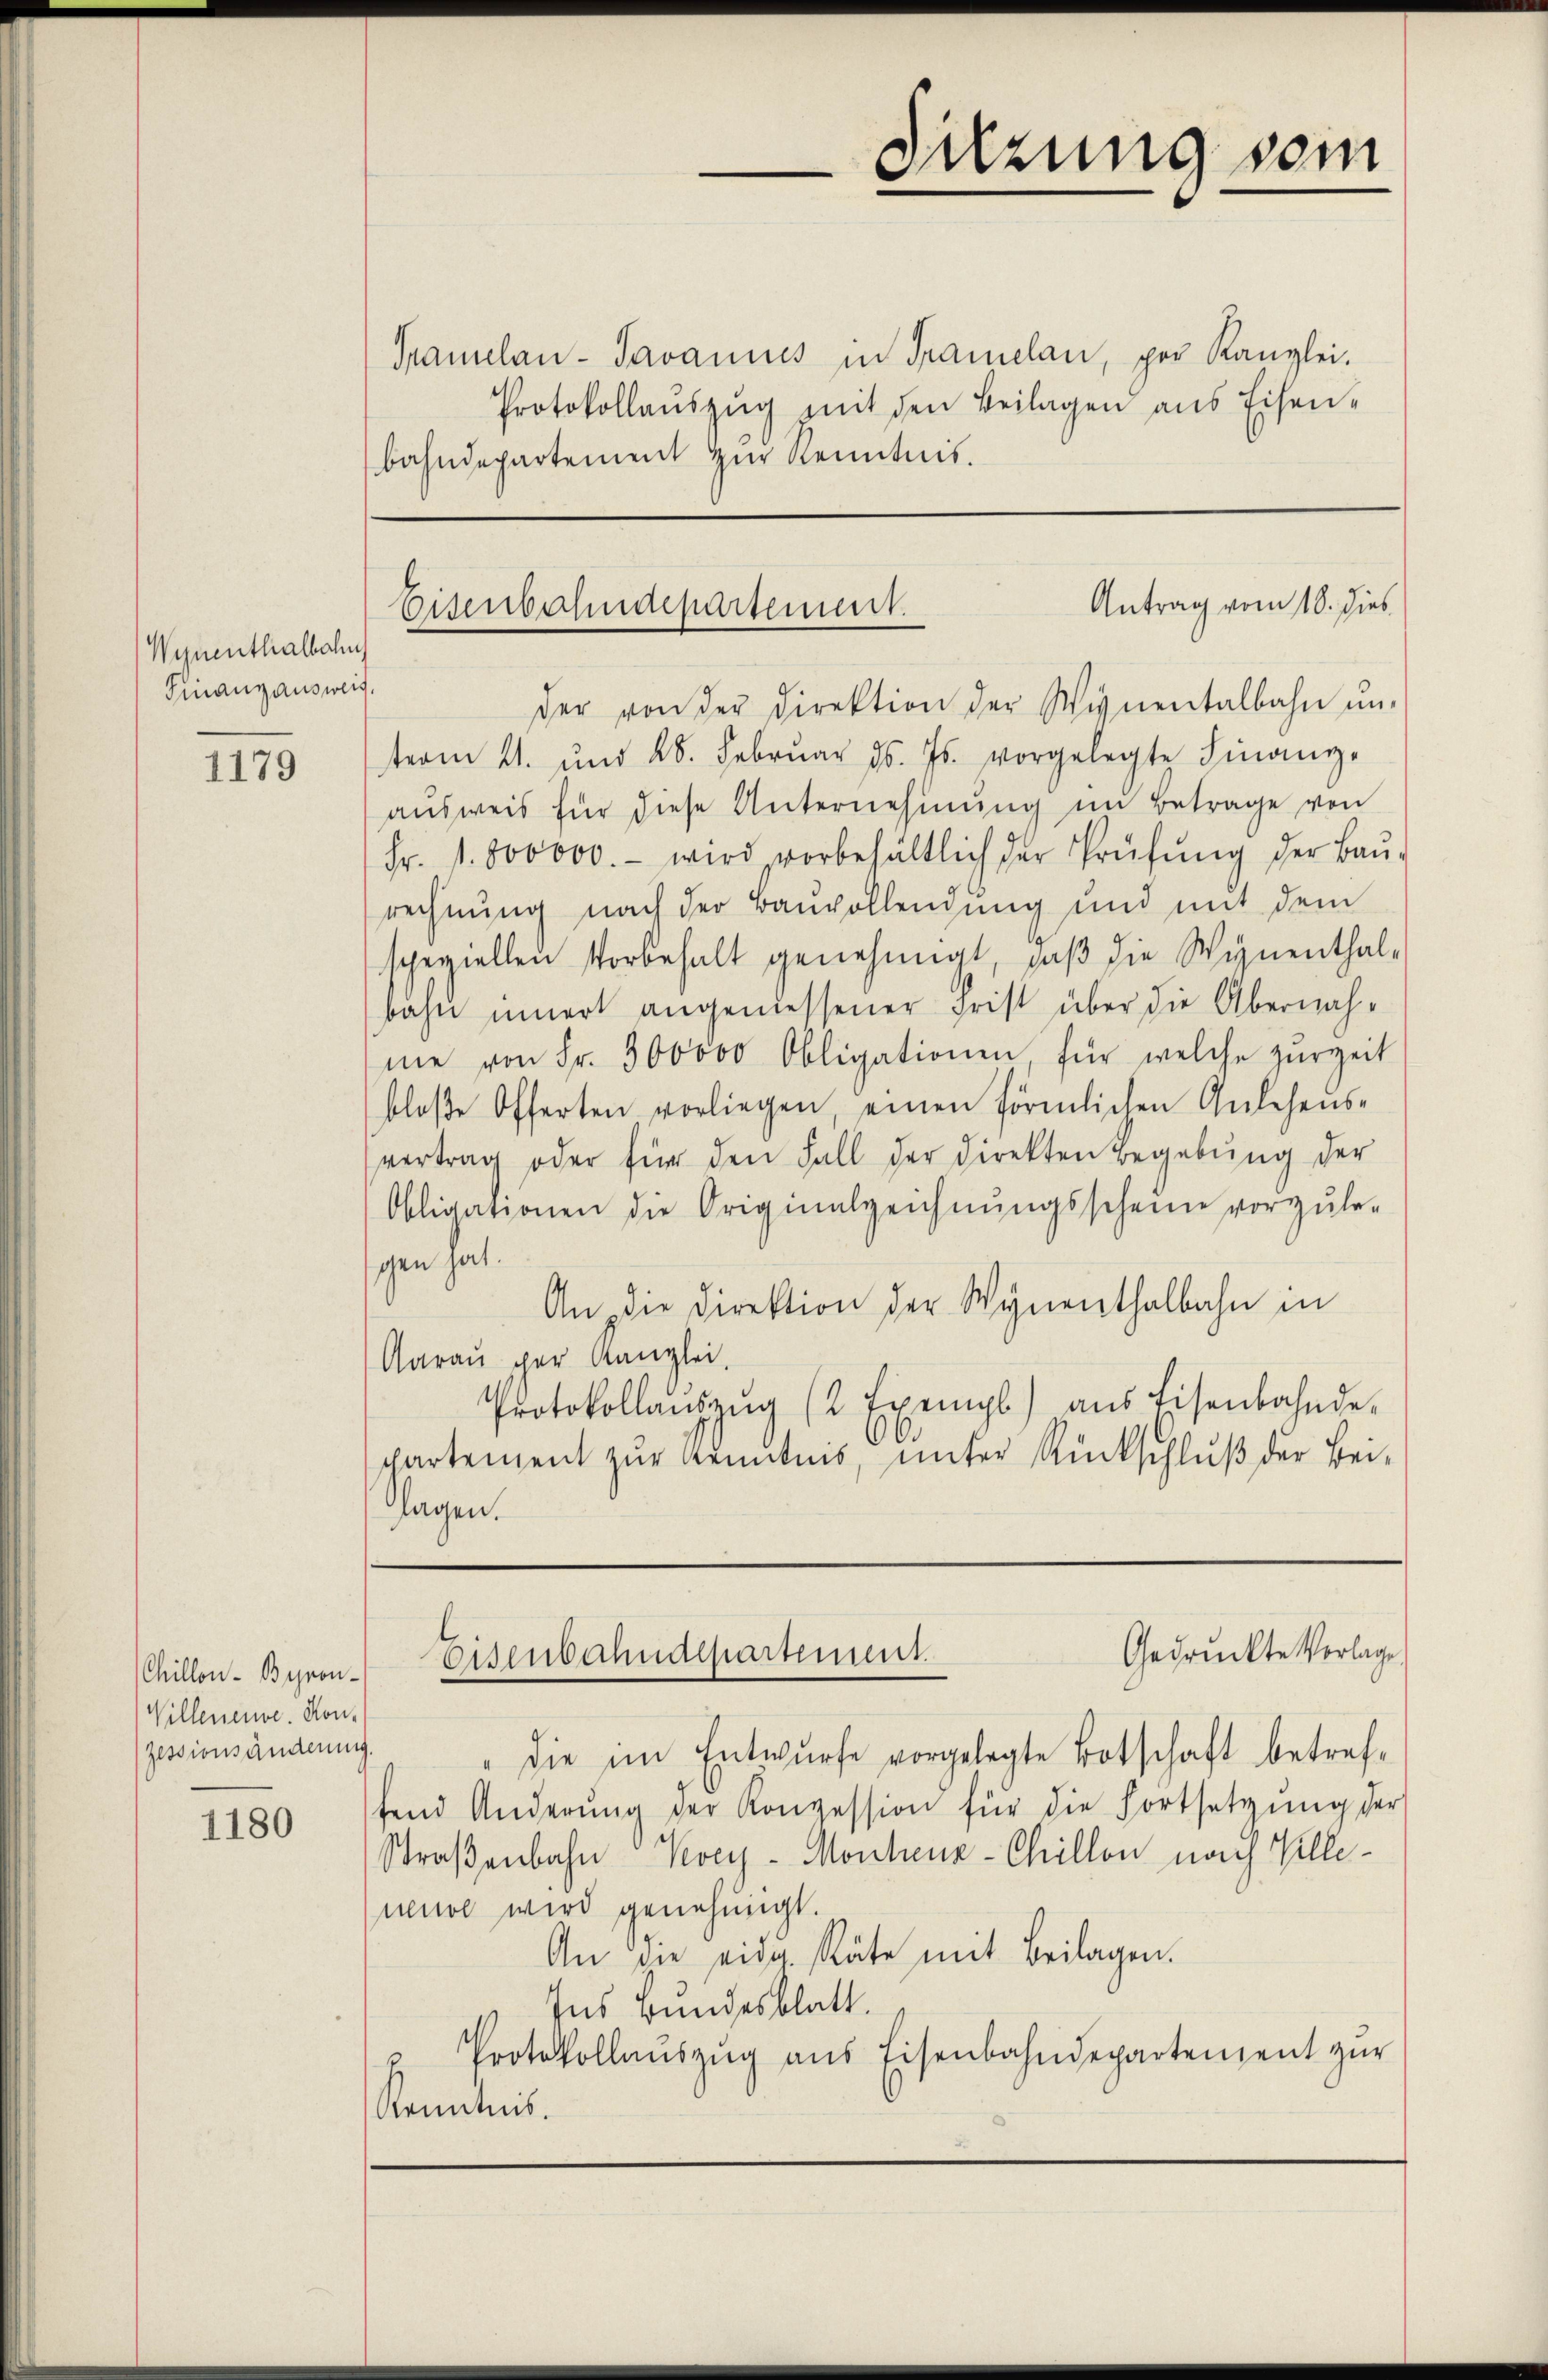
Wynenthalbahn
Finanzausweis,

1179

Chillon - Byron¬
Willeneuve. Kon-
Zessionsänderung.

1180

Tramelan- Javannes in Tramelan, per Kanzlei.
Protokollauszug mit den Beilagen aus Eisenbahndepartement zur Kenntnis.

Sitzung sein

Antrag vom 18. dies
Eisenbahndepartement.

der von der Direktion der Wienentalbahn ŭn-
term 11. und 28. Febrŭar d. Js. vorgelegte Finanz-
aŭsweis für diese Unternehmung im Betrage von
Fr. 1. 800000.- wird vorbehältlich der Prüfŭng der Baŭ-
rechnung nach der Bauvollendung und mit dem
speziellen Vorbehalt genehmigt, daβ die Wynenthal-
bahn innert angeniessener Frist über die Übernahne von Fr. 300000 Obligationen für welche zŭrzeit
bloβe Offerten vorliegen, einen förmlichen Anlehens-
vertrag oder für den Fall der Direkten Begebŭng der
Obligationen die Originalzeichnŭngsscheine vorzule-
gen hat.
An die Direktion der Wynenthalbahn in
Aarau per Kanzlei.
Protokollaŭszŭg (2 Exempl) aus Eisenbahnde
partement zŭr Kenntnis, unter Rückschlŭβ der Bei-
lagen.

Gedrückte Vorlage
Eisenbahndepartement

" die im Entwurfe vorgelegte Botschaft betref-
fend Änderŭng der Konzession für die Fortsetzŭng der
Straßenbahn Vevey - Monheur-Chillon nach Kelleneuol wird genehmigt.
An die eidg. Räte mit Beilagen.
Ins Bundesblatt.
" Protokollaŭszŭg ans Eisenbahndepartement zŭr
Kenntnis.